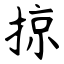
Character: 掠